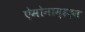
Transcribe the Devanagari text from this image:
ऐमोनाम्‌इड्स